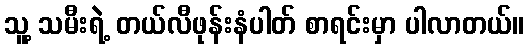
သူ့ သမီးရဲ့ တယ်လီဖုန်းနံပါတ် စာရင်းမှာ ပါလာတယ်။